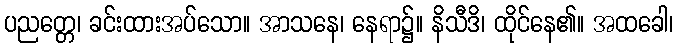
ပညတ္တေ၊ ခင်းထားအပ်သော။ အာသနေ၊ နေရာ၌။ နိသီဒိ၊ ထိုင်နေ၏။ အထခေါ၊